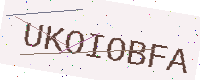
Text: UKOIOBFA